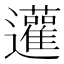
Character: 𨙕